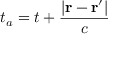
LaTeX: t _ { a } = t + { \frac { | \mathbf { r } - \mathbf { r } ^ { \prime } | } { c } }